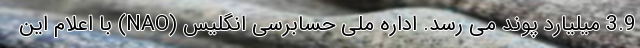
3.9 میلیارد پوند می رسد. اداره ملی حسابرسی انگلیس (NAO) با اعلام این